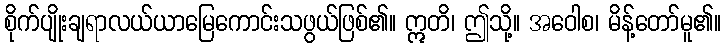
စိုက်ပျိုးချရာလယ်ယာမြေကောင်းသဖွယ်ဖြစ်၏။ ဣတိ၊ ဤသို့။ အဝေါစ၊ မိန့်တော်မူ၏။